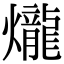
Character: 爖